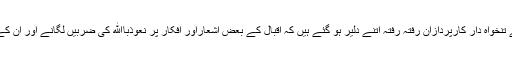
مثلاً یہاں کے ایک سرکاری ادارے اقبال اکیڈمی کے تنخواہ دار کارپردازان رفتہ رفتہ اتنے دلیر ہو گئے ہیں کہ اقبال کے بعض اشعاراور افکار پر نعوذباﷲ کی ضربیں لگانے اور ان کے ایمان کو مشکوک ٹھہرانے تک سے نہیں چوکتے۔